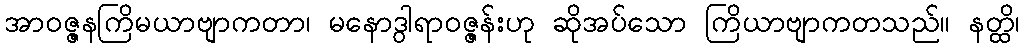
အာဝဇ္ဇနကြိမယာဗျာကတာ၊ မနောဒွါရာဝဇ္ဇန်းဟု ဆိုအပ်သော ကြိယာဗျာကတသည်။ နတ္ထိ၊